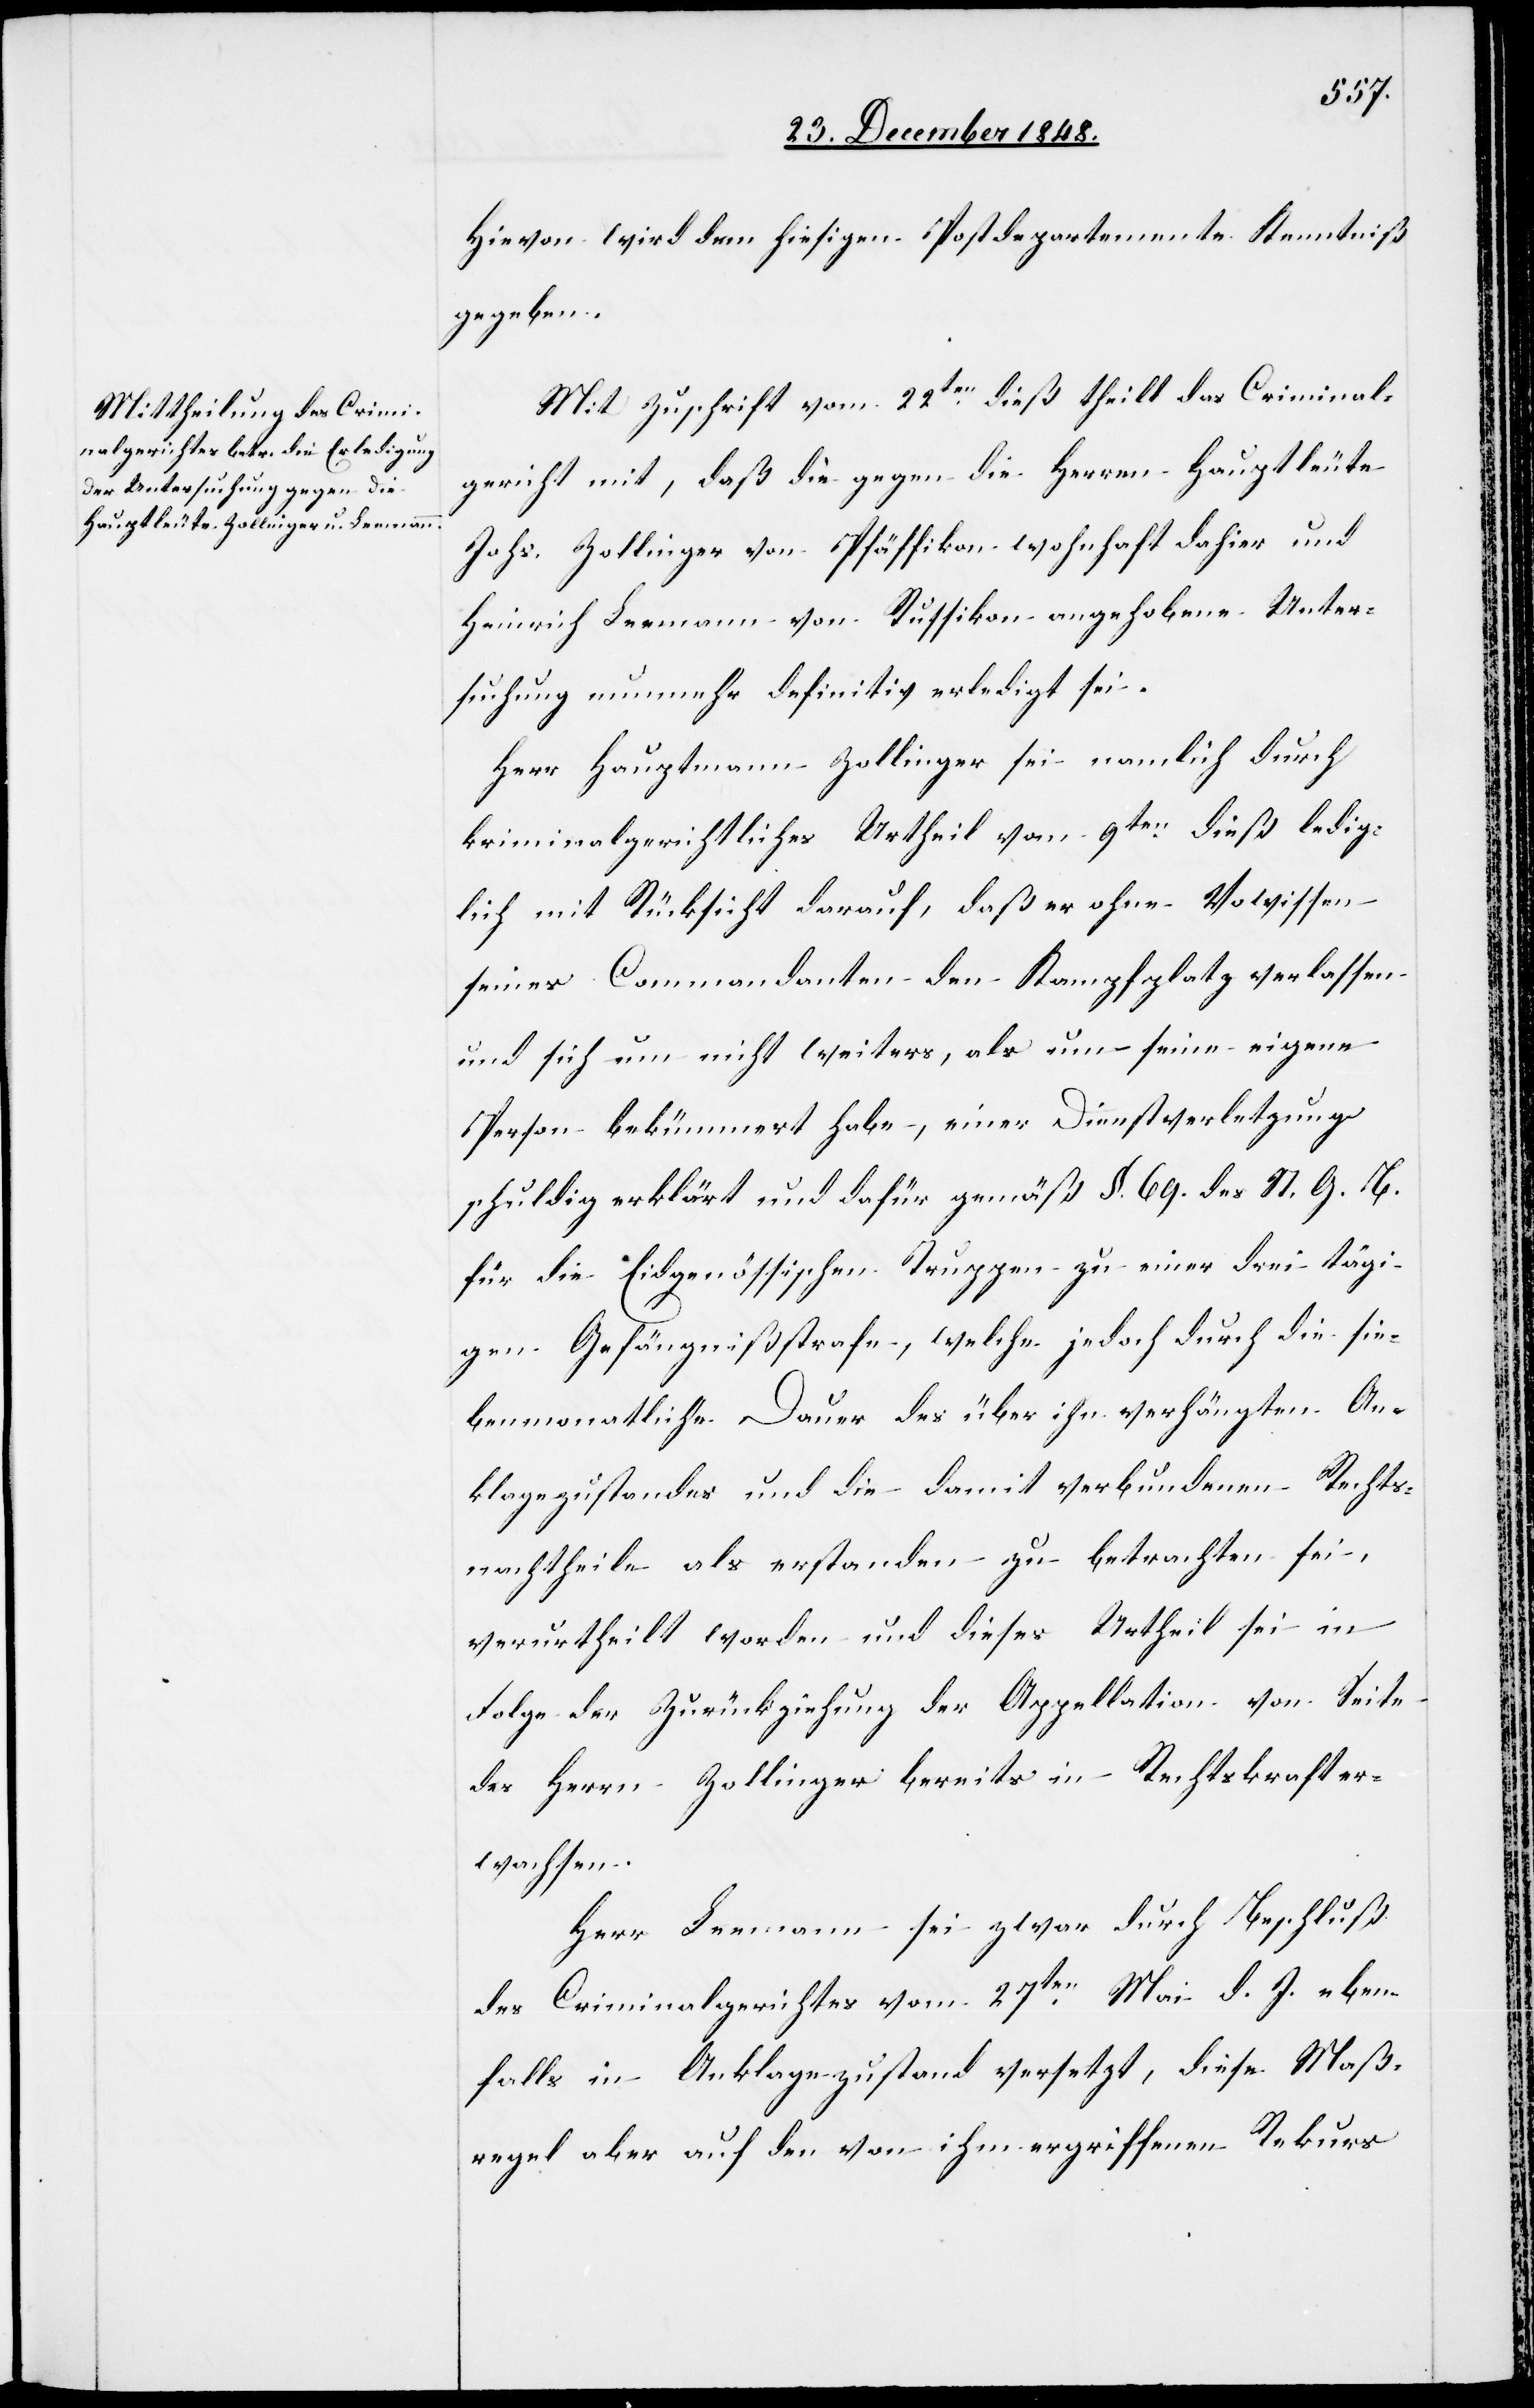
Hievon wird dem hiesigen Postdepartemente Kenntniß
gegeben.
Mit Zuschrift vom 22ten dieß theilt das Criminal¬
gericht mit, daß die gegen die Herren Hauptleute
Johs. Zollinger von Pfäffikon wohnhaft dahier und
Heinrich Leemann von Russikon angehobene Unter¬
suchung nunmehr definitiv erledigt sei.
Herr Hauptmann Zollinger sei namlich durch
kriminalgerichtliches Urtheil vom 9ten dieß ledig¬
lich mit Rücksicht darauf, daß er ohne Vo[r]wissen
seines Commandanten den Kampfplatz verlassen
und sich nun nicht weiters, als um seine eigene
Person bekümmert habe, einer Dienstverletzung
schuldig erklärt und dafür gemäß §. 69. des St. G. B.
für die Eidgenössischen Truppen zu einer drei tägi¬
gen Gefängnißstrafe, welche jedoch durch die sie¬
benmonatliche Dauer des über ihn erhängten An¬
klagezustandes und die damit verbundenen Rechts¬
nachtheile als erstanden zu betrachten sei,
verurtheilt worden und dieses Urtheil sei in
Folge der Zurückziehung der Appellation von Seite
des Herren Zollinger bereits in Rechtskraft er¬
wachsen.
Herr Leemann sei zwar durch Beschluß
des Criminalgerichtes vom 27ten Mai d. J. eben¬
falls in Anklagezustand versetzt, diese Maß¬
regel aber auf den von ihm ergriffenen Rekurs